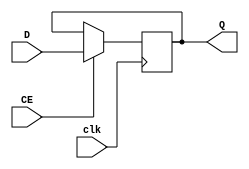
module FF_posedgeClk_clkEnable(
    input D,
    input clk,
    input CE,
    output Q
    );
	 
	 reg Q;
	 always @ (posedge clk) begin
		if (CE)
			Q <= D;
	 end

endmodule